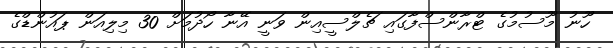
ހޫނު މޫސުމުގެ ޓްރާންސްފާގައި ޗެލްސީއިން ވަނީ އޭނާ ހޯދުމަށް 30 މިލިއަން ޕައުންޑްގެ